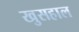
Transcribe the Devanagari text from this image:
खुसहाल